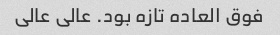
فوق العاده تازه بود. عالی عالی